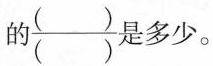
的 \frac{(___)}{(___)} 是多少。